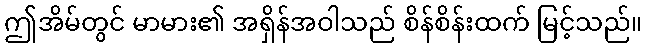
ဤအိမ်တွင် မာမား၏ အရှိန်အဝါသည် စိန်စိန်းထက် မြင့်သည်။